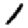
Digit: 1